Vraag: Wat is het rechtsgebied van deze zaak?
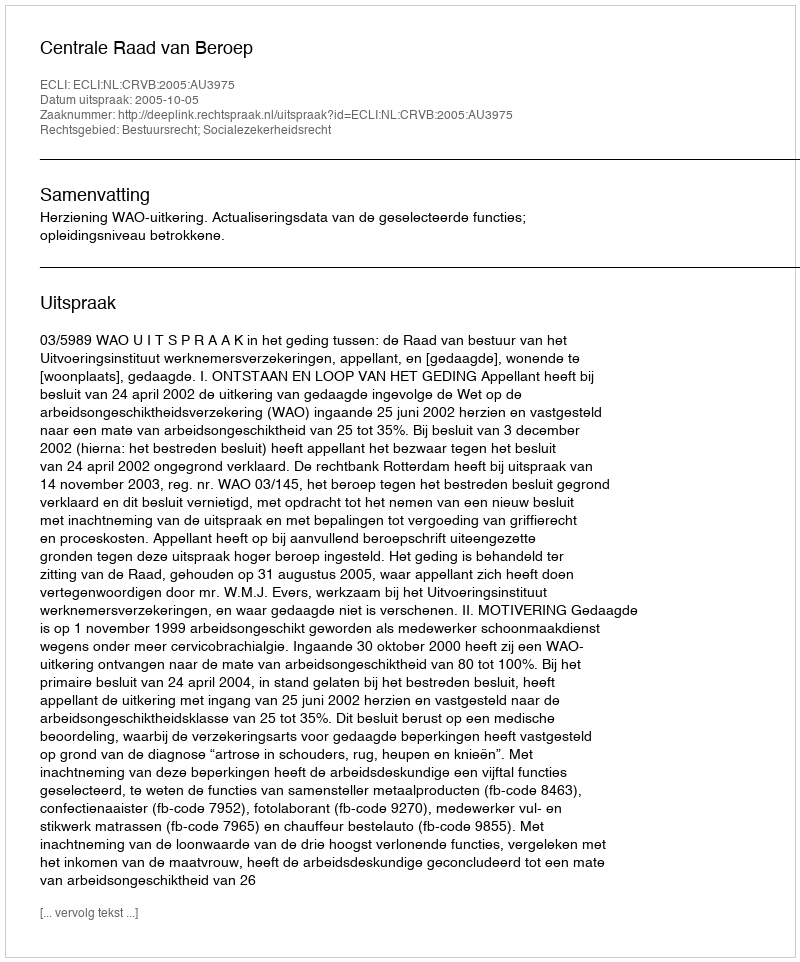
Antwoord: Bestuursrecht; Socialezekerheidsrecht